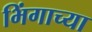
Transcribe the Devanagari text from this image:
भिंगाच्या